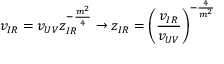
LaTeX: v _ { I R } = v _ { U V } z _ { I R } ^ { - \frac { m ^ { 2 } } { 4 } } \to z _ { I R } = \left( \frac { v _ { I R } } { v _ { U V } } \right) ^ { - \frac { 4 } { m ^ { 2 } } }